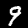
Digit: 9